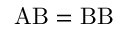
\mathrm { A B } = \mathrm { B B }